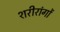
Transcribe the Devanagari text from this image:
शरीरांगों